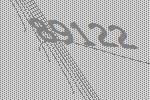
89122